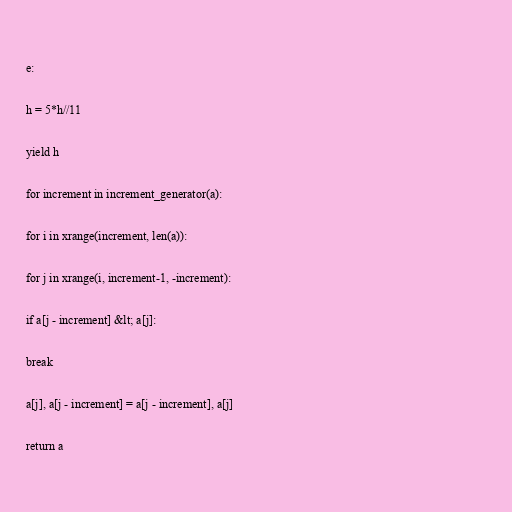
e:

h = 5*h//11

yield h

for increment in increment_generator(a):

for i in xrange(increment, len(a)):

for j in xrange(i, increment-1, -increment):

if a[j - increment] &lt; a[j]:

break

a[j], a[j - increment] = a[j - increment], a[j]

return a